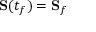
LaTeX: \mathbf { S } ( t _ { f } ) = \mathbf { S } _ { f }